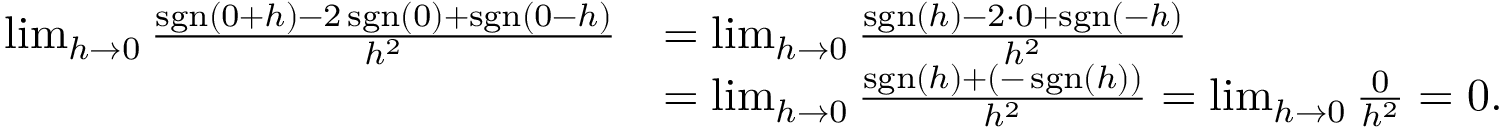
{ \begin{array} { r l } { \operatorname* { l i m } _ { h \to 0 } { \frac { \operatorname { s g n } ( 0 + h ) - 2 \operatorname { s g n } ( 0 ) + \operatorname { s g n } ( 0 - h ) } { h ^ { 2 } } } } & { = \operatorname* { l i m } _ { h \to 0 } { \frac { \operatorname { s g n } ( h ) - 2 \cdot 0 + \operatorname { s g n } ( - h ) } { h ^ { 2 } } } } \\ & { = \operatorname* { l i m } _ { h \to 0 } { \frac { \operatorname { s g n } ( h ) + ( - \operatorname { s g n } ( h ) ) } { h ^ { 2 } } } = \operatorname* { l i m } _ { h \to 0 } { \frac { 0 } { h ^ { 2 } } } = 0 . } \end{array} }